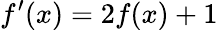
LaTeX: f^{\prime}(x)=2f(x)+1